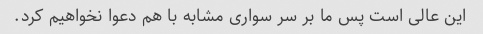
این عالی است پس ما بر سر سواری مشابه با هم دعوا نخواهیم کرد.